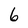
Character: 6